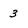
Character: 3